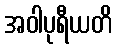
အဝါပုရီယတိ